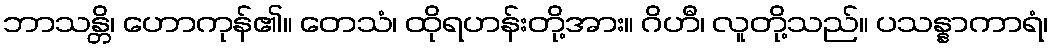
ဘာသန္တိ၊ ဟောကုန်၏။ တေသံ၊ ထိုရဟန်းတို့အား။ ဂိဟီ၊ လူတို့သည်။ ပသန္နာကာရံ၊